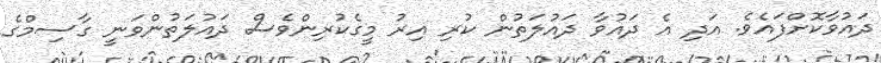
ދައުވާކޮށްފައެވެ. އަދި އެ ދައުވާ ދައުލަތުން ކުރި އިރު މީގެކުރިންވެސް ދައުލަތުންވަނީ ގާސިމްގެ